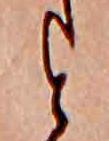
と